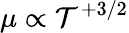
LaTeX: \mu\propto\mathcal{T}^{+3/2}